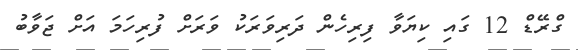
ގްރޭޑް 12 ގައި ކިޔަވާ ފިރިހެން ދަރިވަރަކު ވަރަށް ފުރިހަމަ އަށް ޖަވާބު